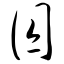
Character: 囚